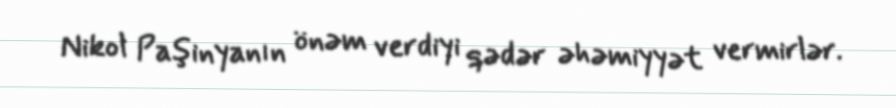
Nikol Paşinyanın önəm verdiyi qədər əhəmiyyət vermirlər.